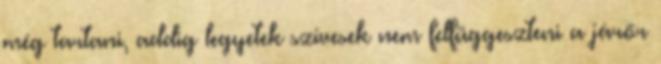
még tartani, addig legyetek szívesek nem felfüggeszteni a járőr